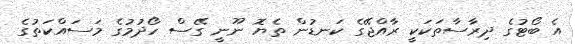
އެ ބޯޓުގެ ދިރާސާތަކަކީ ރާއްޖޭގެ ކަނޑުން ތެޔޮ ނޫނީ ގޭސް ހޯދުމުގެ މަސައްކަތުގެ